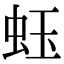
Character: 𧉣